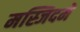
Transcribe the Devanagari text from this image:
मस्जिदमें